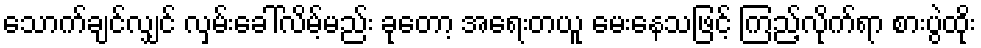
သောက်ချင်လျှင် လှမ်းခေါ်လိမ့်မည်း ခုတော့ အရေးတယူ မေးနေသဖြင့် ကြည့်လိုက်ရာ စားပွဲထိုး